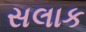
સલાક